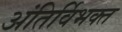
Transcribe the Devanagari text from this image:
अंतिर्विभक्त